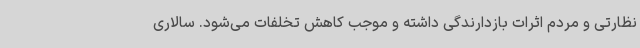
نظارتی و مردم اثرات بازدارندگی داشته و موجب کاهش تخلفات می‌شود. سالاری